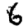
Digit: 6